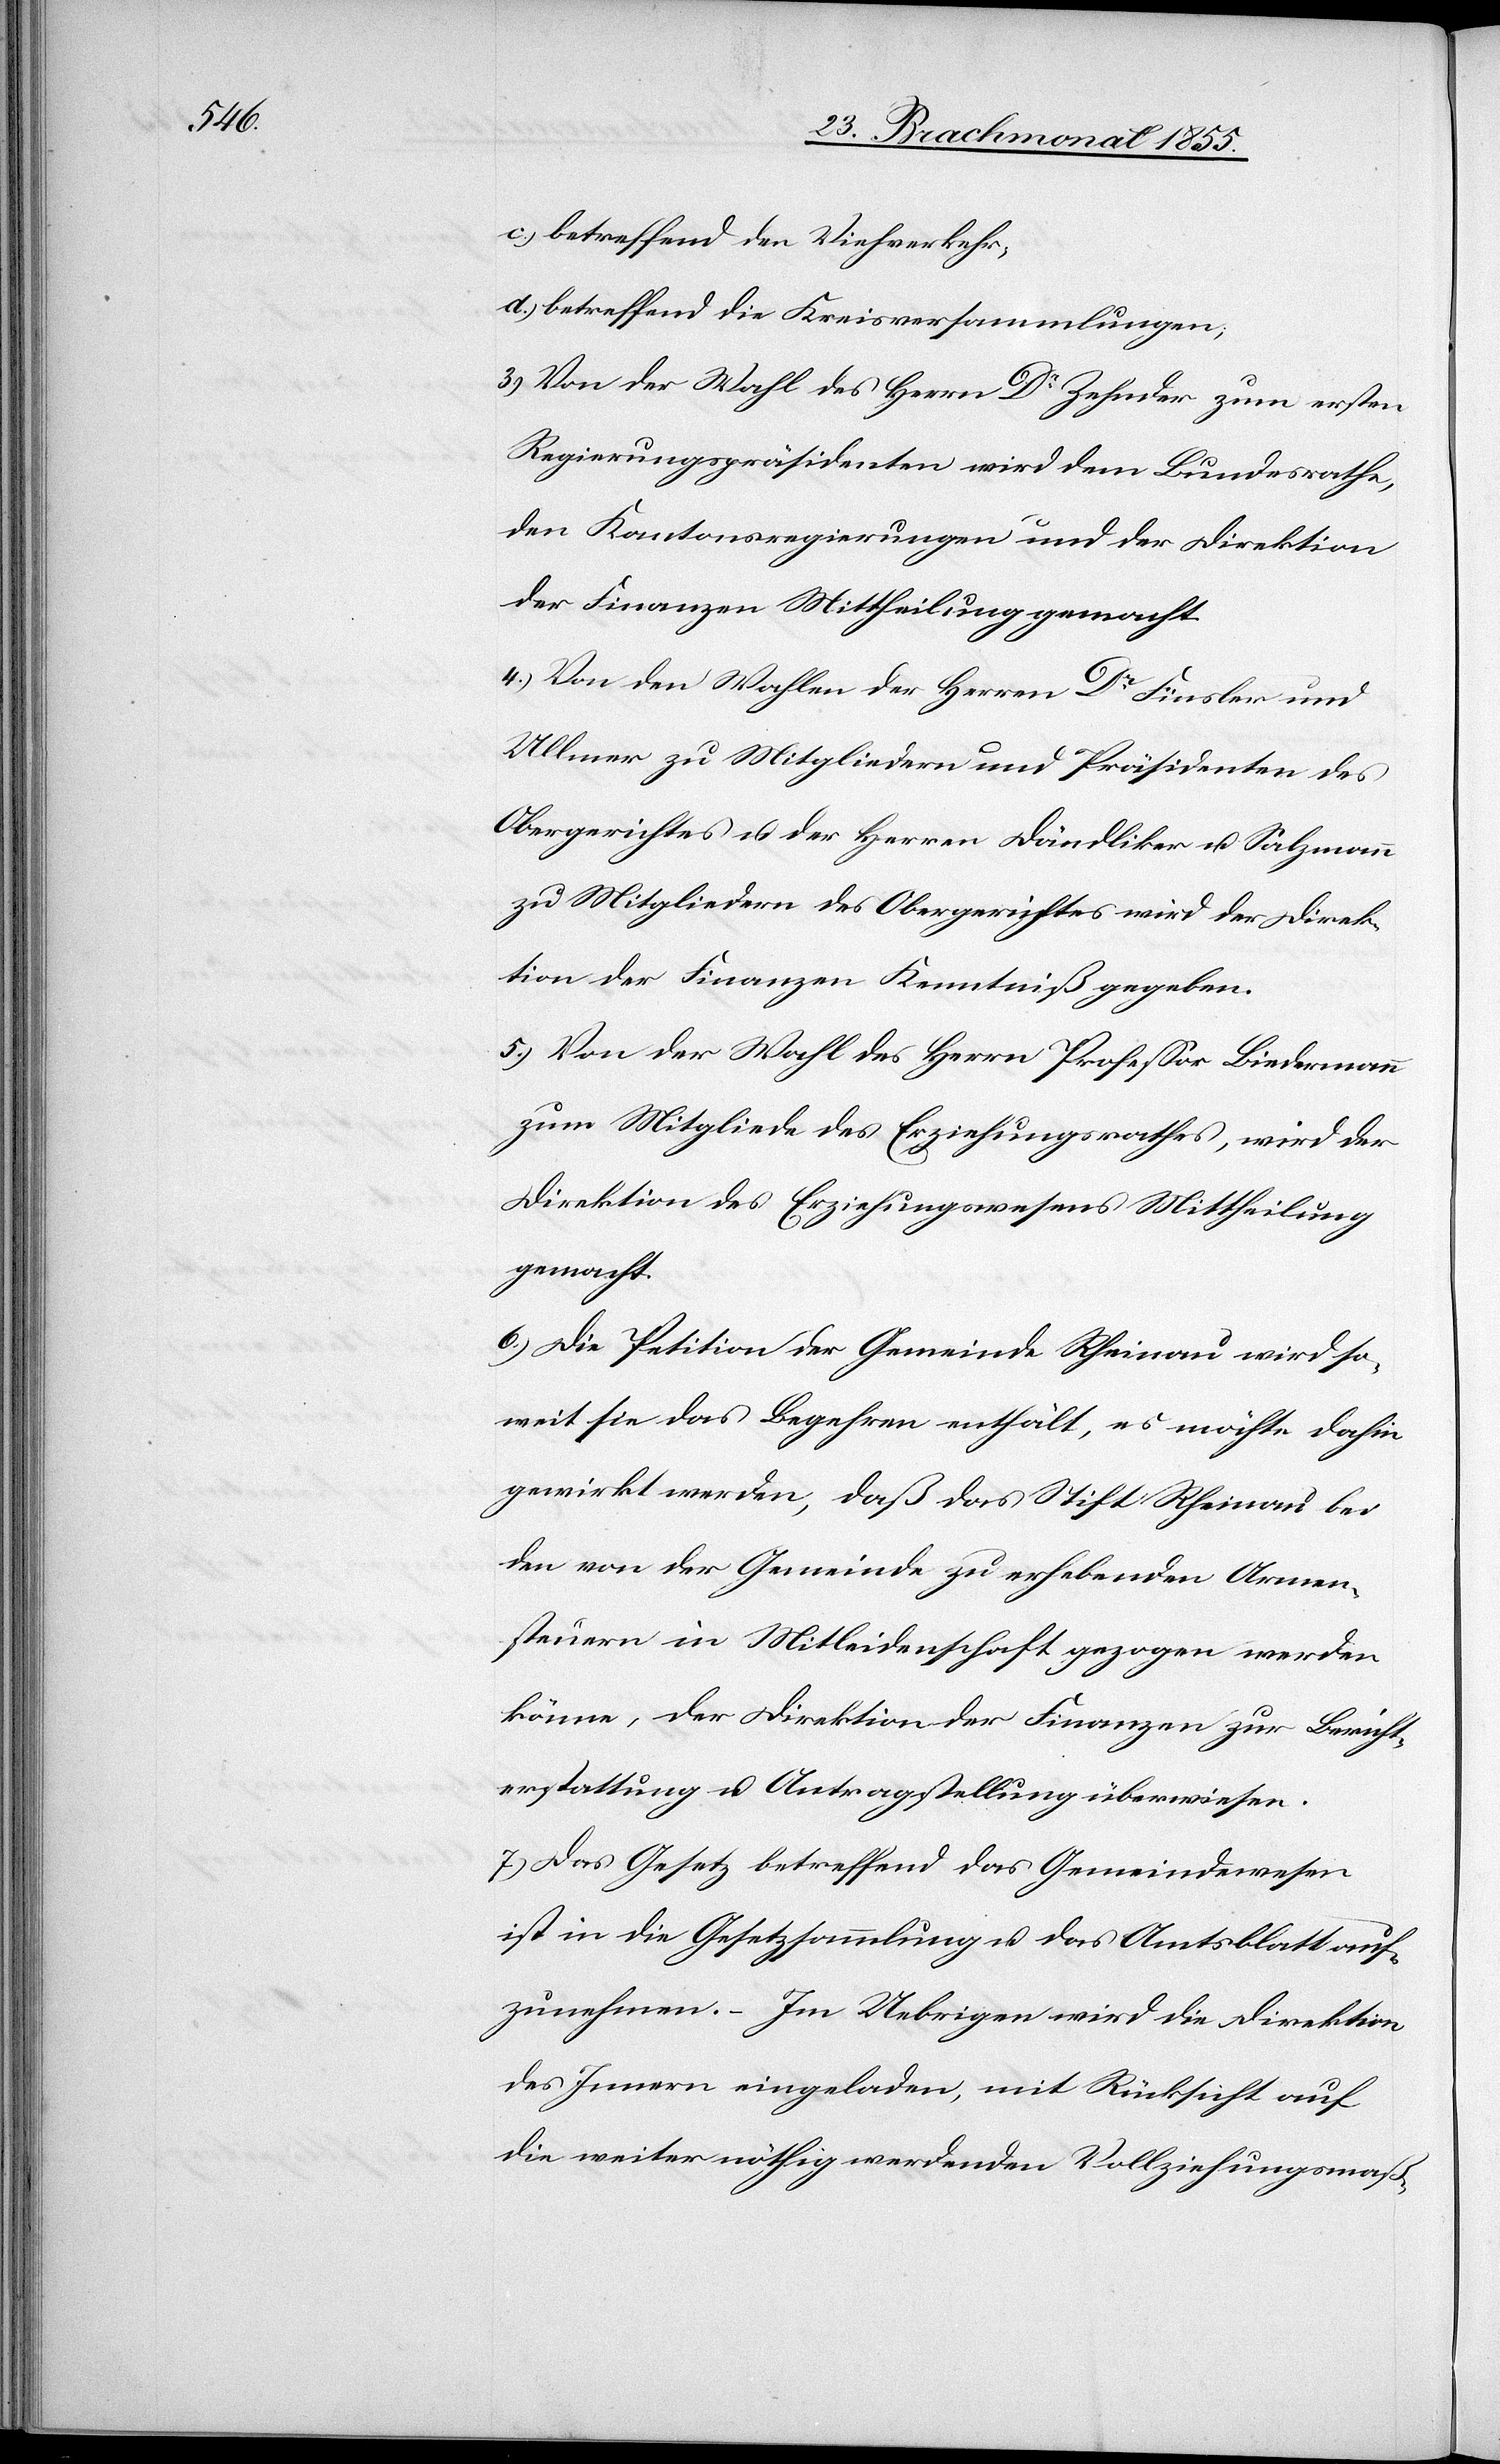
betreffend den Viehverkehr;
betreffend die Kreisversammlungen;
3) Von der Wahl des Herrn Dr Zehnder zum ersten
Regierungspräsidenten wird dem Bundesrathe,
den Kantonsregierungen und der Direktion
der Finanzen Mittheilung gemacht.
4.) Von den Wahlen der Herren Dr Finsler und
Ullmer zu Mitgliedern und Präsidenten des
Obergerichtes u. der Herren Dändliker u. Salzmann
zu Mitgliedern des Obergerichtes wird der Direk¬
tion der Finanzen Kenntniß gegeben.
5.) Von der Wahl des Herrn Professor Biedermann
zum Mitgliede des Erziehungsrathes, wird der
Direktion des Erziehungswesens Mittheilung
gemacht.
6.) Die Petition der Gemeinde Rheinau wird so¬
weit sie das Begehren enthält, es möchte dahin
gewirkt werden, daß das Stift Rheinau bei
den von der Gemeinde zu erhebenden Armen¬
steuern in Mitleidenschaft gezogen werden
könne, der Direktion der Finanzen zur Bericht¬
erstattung u. Antragstellung überwiesen.
7.) Das Gesetz betreffend das Gemeindewesen
ist in die Gesetzsammlung u. das Amtsblatt auf¬
zunehmen. – Im Uebrigen wird die Direktion
des Innern eingeladen, mit Rücksicht auf
die weiter nöthig werdenden Vollziehungsmaß-